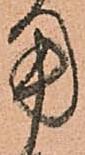
用